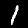
Digit: 1